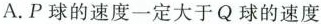
A.P球的速度一定大于Q球的速度